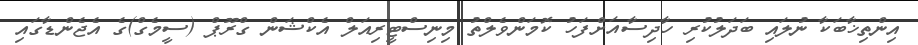
އިންތިޚާބަކާ ނުލައި ބަދަލުކުރި ހާދިސާއަށްފަހު ކޮމަންވެލްތު މިނިސްޓީރިއަލް އެކްޝަން ގްރޫޕް (ސީމެގް)ގެ އެޖެންޑާގައި